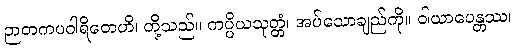
ဉာတကပဝါရိတေဟိ၊ တို့သည်။ ကပ္ပိယသုတ္တံ၊ အပ်သောချည်ကို။ ဝါယာပေန္တဿ၊